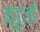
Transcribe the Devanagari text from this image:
झुडं